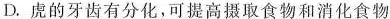
D.虏的牙齿有分化，可提高摄取食物和消化食物